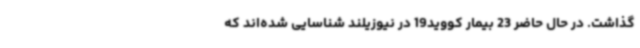
گذاشت. در حال حاضر 23 بیمار کووید19 در نیوزیلند شناسایی شده‌اند که